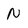
Character: N